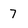
Character: 7